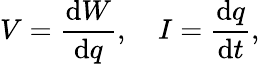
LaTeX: V={\frac{\mathrm{d}W}{\mathrm{d}q}},\quad I={\frac{\mathrm{d}q}{\mathrm{d}t}},\,